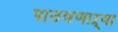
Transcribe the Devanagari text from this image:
पाठवणाऱ्या